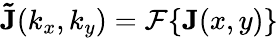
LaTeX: \mathbf{\tilde{J}}(k_{x},k_{y})=\mathcal{F}\{ \mathbf{J}(x,y)\}